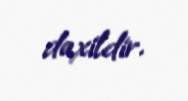
daxildir.